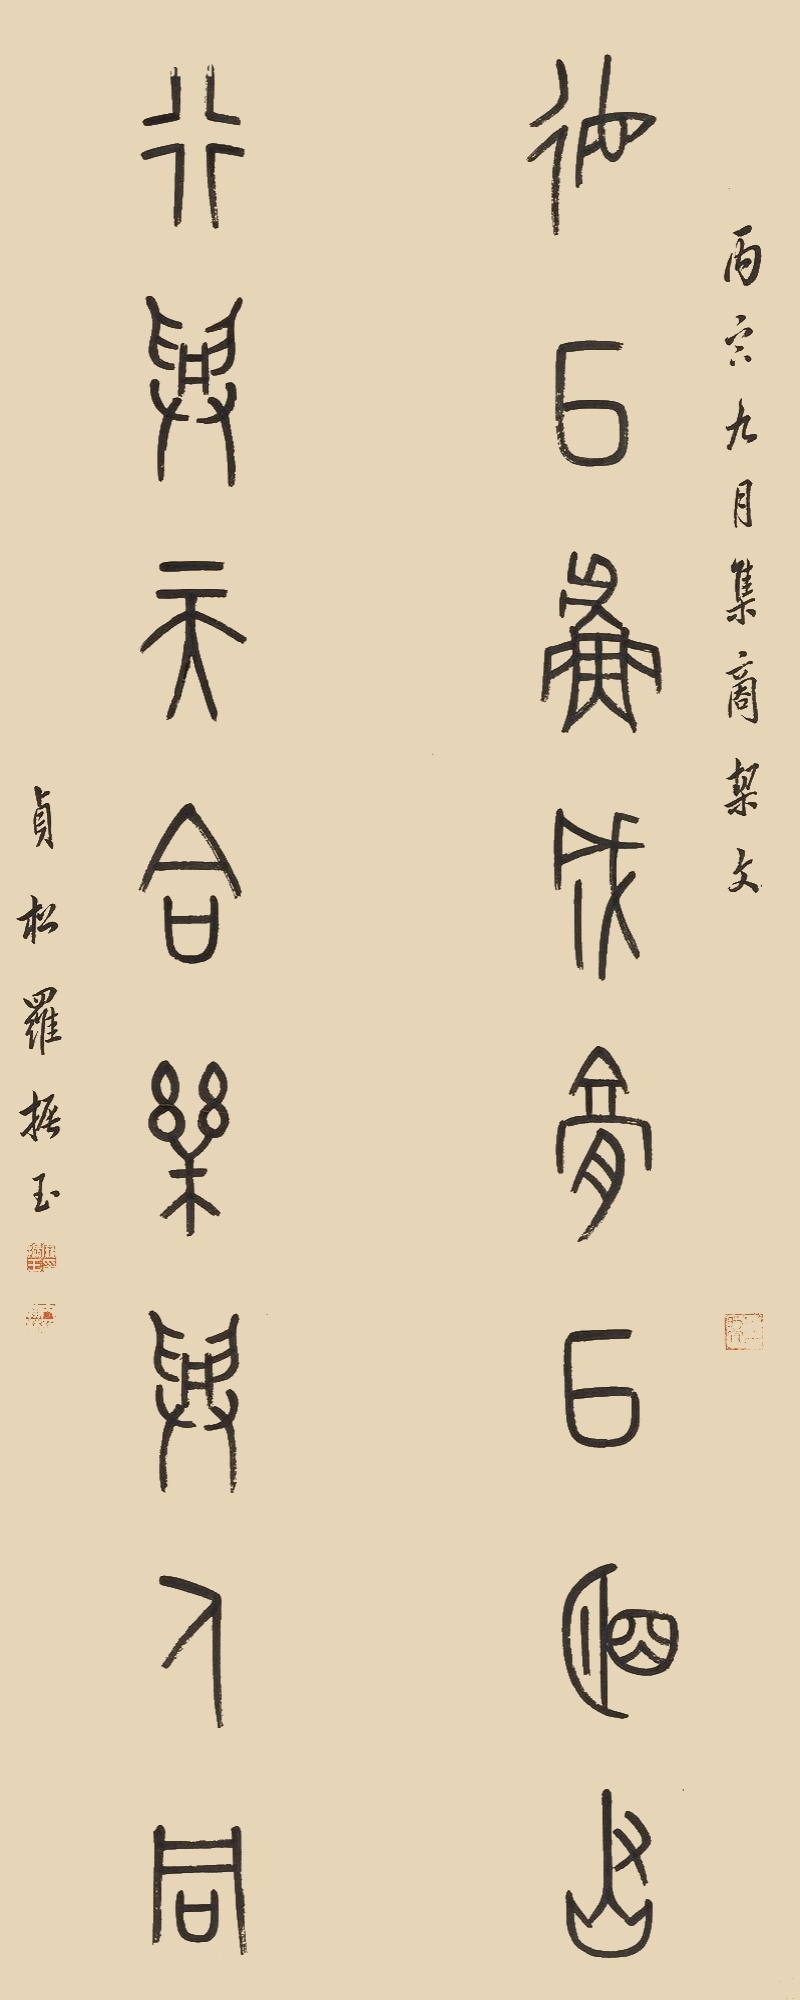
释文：德以鲁成膏以明烬，行与天合乐与人同。丙寅九月，集商契文。贞松罗振玉。